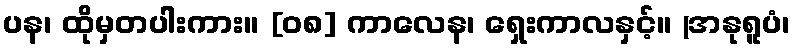
ပန၊ ထိုမှတပါးကား။ [၀၈] ကာလေန၊ ရှေးကာလနှင့်။ (အနုရူပံ၊